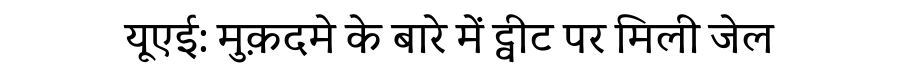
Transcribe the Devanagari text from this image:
यूएई: मुक़दमे के बारे में ट्वीट पर मिली जेल